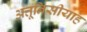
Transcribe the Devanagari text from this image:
अत्तूनिसीयाह